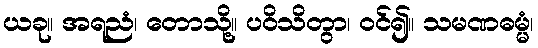
ယခု။ အရညံ၊ တောသို့။ ပဝိသိတွာ၊ ဝင်၍။ သမဏဓမ္မံ၊